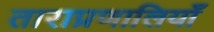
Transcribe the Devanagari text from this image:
ताराप्रणालियाँ